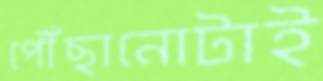
পৌঁছানোটাই